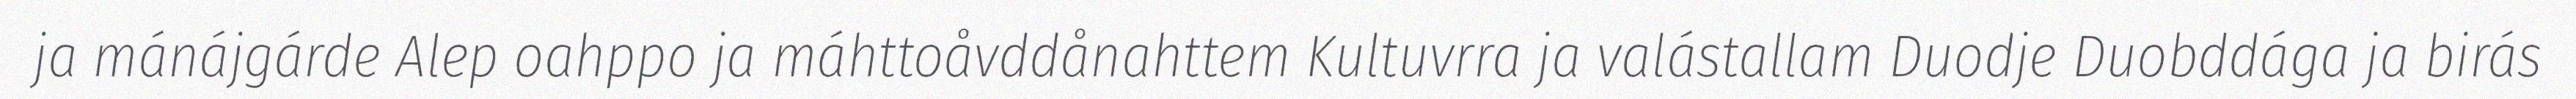
ja mánájgárde Alep oahppo ja máhttoåvddånahttem Kultuvrra ja valástallam Duodje Duobddága ja birás